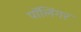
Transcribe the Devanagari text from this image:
पॉलिंगर